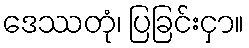
ဒေဿတုံ၊ ပြခြင်းငှာ။